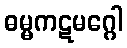
ဓမ္မကဋမဂ္ဂေါ